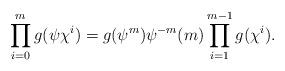
LaTeX: \begin{align*}\prod_{i=0}^mg(\psi\chi^i)=g(\psi^m)\psi^{-m}(m)\prod_{i=1}^{m-1}g(\chi^i).\end{align*}